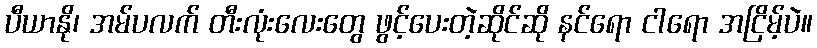
ပီယာနို၊ အမ်ပလက် တီးလုံးလေးတွေ ဖွင့်ပေးတဲ့ဆိုင်ဆို နင်ရော ငါရော အငြိမ့်ပဲ။